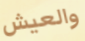
والعيش